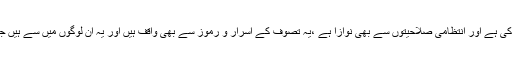
للہ نے انہیں مومنانہ فراست بھی عطا کی ہے اور انتظامی صلاحیتوں سے بھی نوازا ہے ،یہ تصوف کے اسرار و رموز سے بھی واقف ہیں اور یہ ان لوگوں میں سے ہیں جنہیں دیکھ کر واقعی اللہ یاد آ جاتا ہے ۔